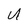
Character: U